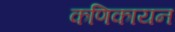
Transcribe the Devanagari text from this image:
कणिकायन